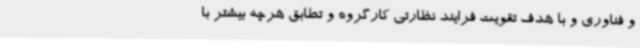
و فناوری و با هدف تقویت فرایند نظارتی کارگروه و تطابق هرچه بیشتر با